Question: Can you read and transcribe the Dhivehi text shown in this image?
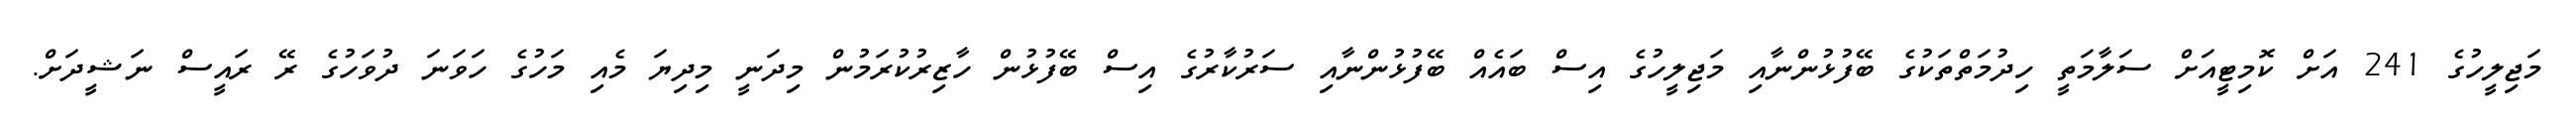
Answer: މަޖިލީހުގެ 241 އަށް ކޮމިޓީއަށް ސަލާމަތީ ހިދުމަތްތަކުގެ ބޭފުޅުންނާއި މަޖިލީހުގެ އިސް ބައެއް ބޭފުޅުންނާއި ސަރުކާރުގެ އިސް ބޭފުޅުން ހާޒިރުކުރަމުން މިދަނީ މިދިޔަ މެއި މަހުގެ ހަވަނަ ދުވަހުގެ ރޭ ރައީސް ނަޝީދަށް.